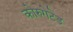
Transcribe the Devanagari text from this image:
कोरुगेटेड